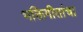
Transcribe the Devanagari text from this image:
भक्तिगीतांचा